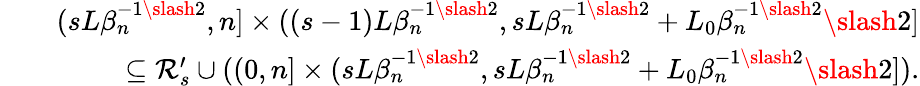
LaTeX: \begin{array}{rlr}&{}&{(sL\beta_{n}^{-1\slash 2},n]\times((s-1)L\beta_{n}^{-1\slash 2},sL\beta_{n}^{-1\slash 2}+L_{0}\beta_{n}^{-1\slash 2}\slash 2]}\\ &{}&{\subseteq\mathcal{R}_{s}^{\prime}\cup((0,n]\times(sL\beta_{n}^{-1\slash 2},sL\beta_{n}^{-1\slash 2}+L_{0}\beta_{n}^{-1\slash 2}\slash 2]).}\end{array}